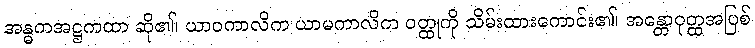
အန္ဓကအဋ္ဌကထာ ဆို၏၊ ယာဝကာလိက ယာမကာလိက ဝတ္ထုကို သိမ်းထားကောင်း၏၊ အန္တောဝုတ္ထအပြစ်